Vaccination in the Punjab 1867-1880 - 1867-1880
Year: 1867
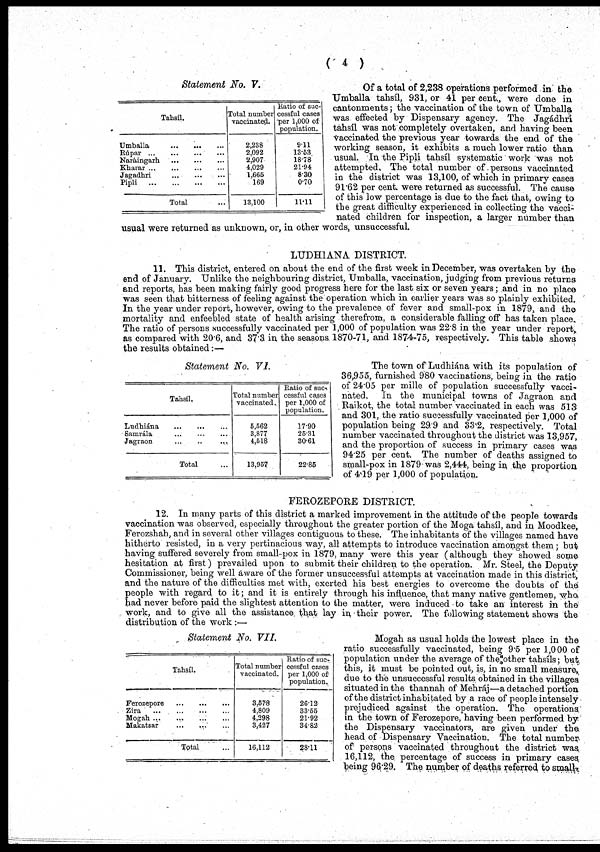
( 4 )
Statement No. V.
Tahsíl.
Umballa
...
...
...
Rúpar
...
...
...
Naráingarh
...
...
...
Kharar
...
...
...
...
Jagadhri
...
...
...
Pipli
...
...
...
...
Total ...
Total number
vaccinated.
2,238
2,092
2,907
4,029
1,665
169
13,100
Ratio of suc-
cessful cases
per 1,000 of
population.
9.11
13.53
18.78
21.94
8.30
0.70
11.11
Of a total of 2,238 operations performed in the
Umballa tahsíl, 931, or 41 per cent., were done in
cantonments; the vaccination of the town of Umballa
was effected by Dispensary agency. The Jagádhrí
tahsíl was not completely overtaken, and having been
vaccinated the previous year towards the end of the
working season, it exhibits a much lower ratio than
usual. In the Pipli tahsíl systematic work was not
attempted. The total number of persons vaccinated
in the district was 13,100, of which in primary cases
91.62 per cent. were returned as successful. The cause
of this low percentage is due to the fact that, owing to
the great difficulty experienced in collecting the vacci-
nated children for inspection, a larger number than
usual were returned as unknown, or, in other words, unsuccessful.
LUDHIANA DISTRICT.
11. This district, entered on about the end of the first week in December, was overtaken by the
end of January. Unlike the neighbouring district, Umballa, vaccination, judging from previous returns
and reports, has been making fairly good progress here for the last six or seven years; and in no place
was seen that bitterness of feeling against the operation which in earlier years was so plainly exhibited.
In the year under report, however, owing to the prevalence of fever and small-pox in 1879, and the
mortality and enfeebled state of health arising therefrom, a considerable falling off has taken place.
The ratio of persons successfully vaccinated per 1,000 of population was 22.8 in the year under report,
as compared with 20.6, and 37.3 in the seasons 1870-71, and 1874-75, respectively. This table shows
the results obtained:—
Statement No. VI.
Tahsíl.
Ludhiána
...
...
...
Samrála ... ... ...
Jagraon ... ... ...
Total ...
Total number
vaccinated.
5,562
3,877
4,518
13,957
Ratio of suc¬
ccssful cases
per 1,000 of
population.
17.90
25.31
30.61
22.85
The town of Ludhiána with its population of
36,955, furnished 980 vaccinations, being in the ratio
of 24.05 per mille of population successfully vacci-
nated.
In the municipal towns of Jagraon and
Raikot, the total number vaccinated in each was 513
and 301, the ratio successfully vaccinated per 1,000 of
population being 29.9 and 33.2, respectively. Total
number vaccinated throughout the district was 13,957,
and the proportion of success in primary cases was
94.25 per cent. The number of deaths assigned to
small-pox in 1879 was 2,444, being in the proportion
of 4.19 per 1,000 of population.
FEROZEPORE DISTRICT.
12. In many parts of this district a marked improvement in the attitude of the people towards
vaccination was observed, especially throughout the greater portion of the Moga tahsíl, and in Moodkee,
Ferozshah, and in several other villages contiguous to these. The inhabitants of the villages named have
hitherto resisted, in a very pertinacious way, all attempts to introduce vaccination amongst them; but
having suffered severely from small-pox in 1879, many were this year (although they showed some
hesitation at first) prevailed upon to submit their children to the operation. Mr. Steel, the Deputy
Commissioner, being well aware of the former unsuccessful attempts at vaccination made in this district,
and the nature of the difficulties met with, exerted his best energies to overcome the doubts of the
people with regard to it; and it is entirely through his influence, that many native gentlemen, who
had never before paid the slightest attention to the matter, were induced to take an interest in the
work, and to give all the assistance that lay in their power. The following statement shows the
distribution of the work :—
Statement No. VII.
Tahsíl.
Ferozepore
...
...
...
Zira
...
...
...
...
Mogah ... ... ...
Makatsar
...
...
...
Total ...
Total number
vaccinated.
3,578
4,809
4,298
3,427
16,112
Ratio of suc-
cessful cases
per 1,000 of
population.
26.12
33.55
21.92
34.82
28.11
Mogah as usual holds the lowest place in the
ratio successfully vaccinated, being 9.5 per 1,000 of
population under the average of the other tahsíls; but
this, it must be pointed out, is, in no small measure
due to the unsuccessful results obtained in the villages
situated in the thannah of Mehráj—a detached portion
of the district inhabitated by a race of people intensely
prejudiced against the operation. The operations
in the town of Ferozepore, having been performed by
the Dispensary vaccinators, are given under the
head of Dispensary Vaccination. The total number
of persons vaccinated throughout the district was
16,112, the percentage of success in primary cases
being 96.29. The number of deaths referred to small-